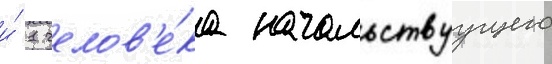
и́ 1 челов'е́ка начальствуущего